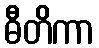
ဓီတိကာ